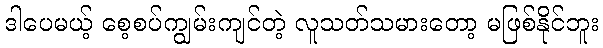
ဒါပေမယ့် စေ့စပ်ကျွမ်းကျင်တဲ့ လူသတ်သမားတော့ မဖြစ်နိုင်ဘူး